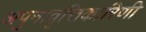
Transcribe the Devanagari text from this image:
अपुनावृत्तिकारिणी